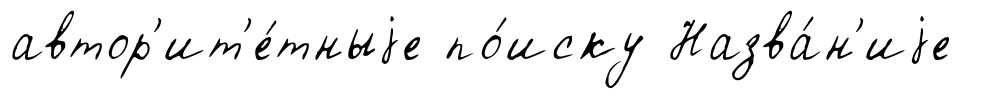
автор'ит'е́тныjе по́иску Назва́н'иjе